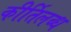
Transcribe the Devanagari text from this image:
कीर्तिलब्ध